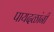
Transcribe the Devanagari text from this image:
पायदळांनी